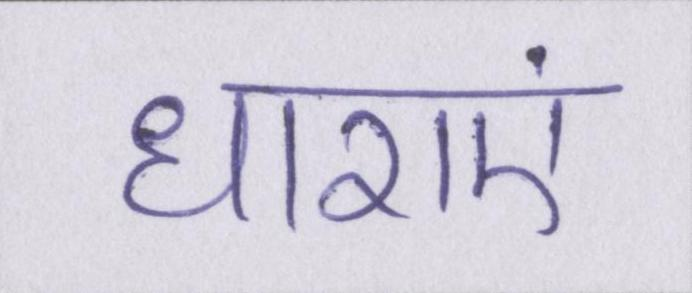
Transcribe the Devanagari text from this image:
धाराएं